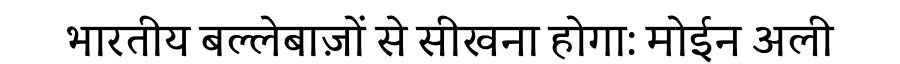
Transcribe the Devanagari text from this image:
भारतीय बल्लेबाज़ों से सीखना होगा: मोईन अली